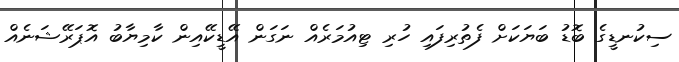
ސިކުނޑީގެ ބޮޑު ބަޔަކަށް ފެތުރިފައި ހުރި ޓިއުމަރެއް ނަގަން އޭޑީކޭއިން ކާމިޔާބު އޮޕަރޭޝަނެއް